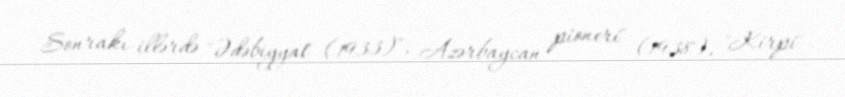
Sonrakı illərdə "Ədəbiyyat" (1933)", Azərbaycan pioneri" (1938), "Kirpi"